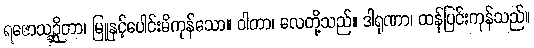
ရဇောသဉ္ဆိတာ၊ မြူနှင့်ပေါင်းမိကုန်သော။ ဝါတာ၊ လေတို့သည်။ ဒါရုဏာ၊ ထန်ပြင်းကုန်သည်။